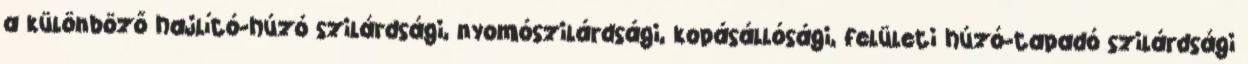
a különböző hajlító-húzó szilárdsági, nyomószilárdsági, kopásállósági, felületi húzó-tapadó szilárdsági